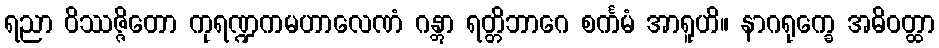
ရညာ ဝိဿဇ္ဇိတော ကုရဏ္ဍကမဟာလေဏံ ဂန္တွာ ရတ္တိဘာဂေ စင်္ကမံ အာရူဟိ။ နာဂရုက္ခေ အဓိဝတ္ထာ